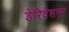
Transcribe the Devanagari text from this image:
डेरिवेशन्स